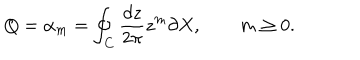
Q = \alpha _ { m } = \oint _ { C } \frac { d z } { 2 \pi } z ^ { m } \partial X , \qquad m \geq 0 .